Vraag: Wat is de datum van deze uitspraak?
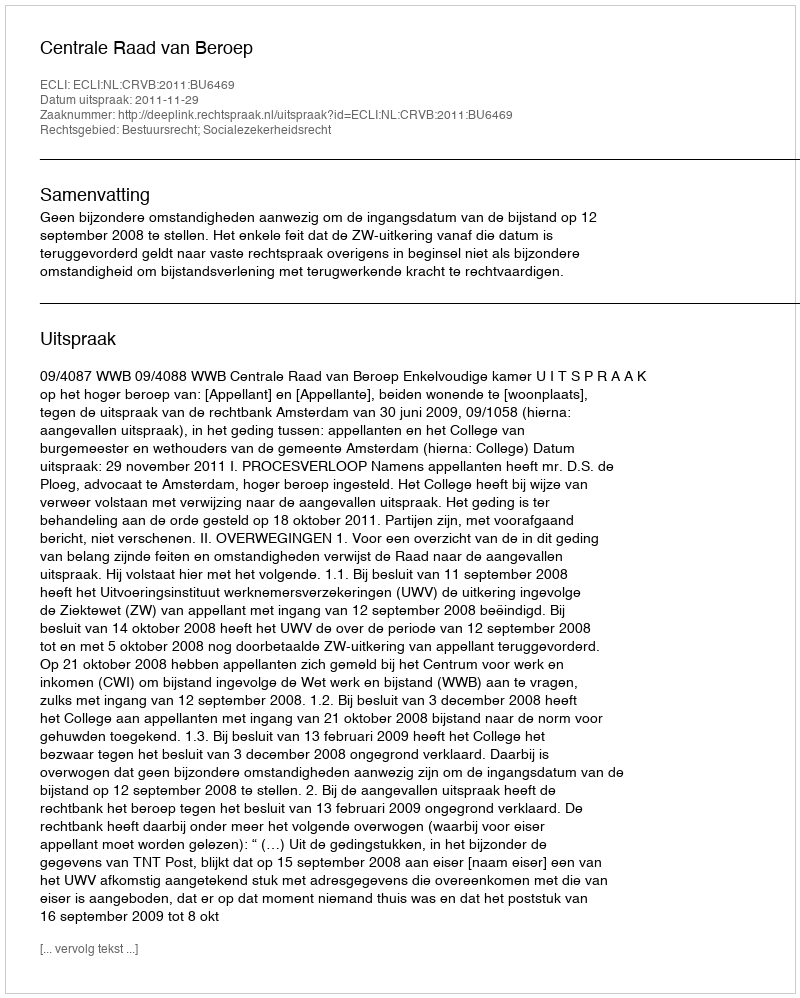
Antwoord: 2011-11-29